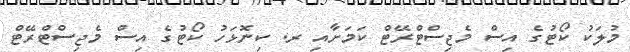
މުލަކު ކޯޓުގެ އިސް މެޖިސްޓްރޭޓް ކަމަށާއި ރ. ކިނޮޅަހު ކޯޓުގެ އިސް މެޖިސްޓްރޭޓް